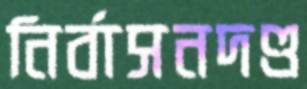
নির্বাসনদণ্ড